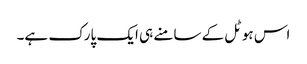
اس ہوٹل کے سامنے ہی ایک پارک ہے۔